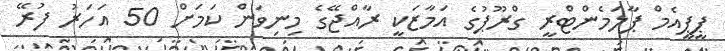
ޕީޕީއެމް ޕާލަމެންޓްރީ ގްރޫޕުގެ އަމާޒަކީ ރާއްޖޭގެ މިނިވަން ކަމަށް 50 އަހަރު ފުރޭ